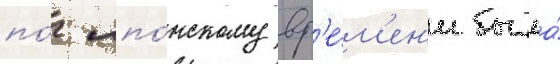
по́ япо́нскому вр'е́м'ен'и была́